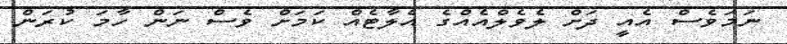
ނަމަވެސް އެއީ ދަށް ލެވެލްއެއްގެ އެލާޓެއް ކަމަށް ވެސް ނަން ހާމަ ކުރަން